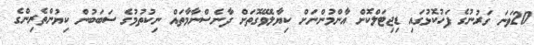
20ވަނަ ގަރުނުގެ ފަހުކޮޅުގައި ޑިޖިޓަލްކޮށް އާންމުންނަށް ކިޔާލެވޭގޮތަށް ދާނެސްނާމާތައް ނިކުތުމުގެ ސަބަބުން ކިޔުންތެރިންގެ